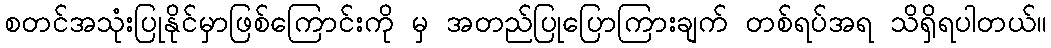
စတင်အသုံးပြုနိုင်မှာဖြစ်ကြောင်းကို မှ အတည်ပြုပြောကြားချက် တစ်ရပ်အရ သိရှိရပါတယ်။